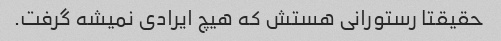
حقیقتا رستورانی هستش که هیچ ایرادی نمیشه گرفت.